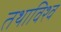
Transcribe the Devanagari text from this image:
तथाविश्व